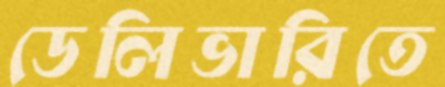
ডেলিভারিতে